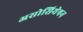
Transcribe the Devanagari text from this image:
असोसियेषन